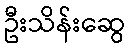
ဦးသိန်းဆွေ